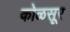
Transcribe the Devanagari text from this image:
कोळसूर